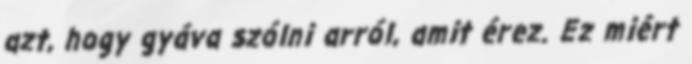
azt, hogy gyáva szólni arról, amit érez. Ez miért